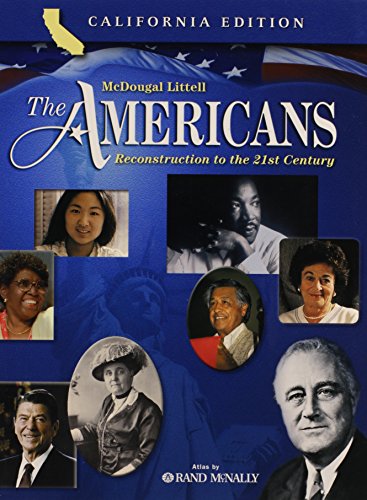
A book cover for The Americans California: Student Edition Reconstruction to the 21st Century 2006; MCDOUGAL LITTEL; Teen & Young Adult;